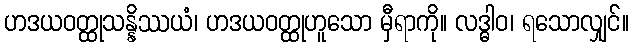
ဟဒယဝတ္ထုသန္နိဿယံ၊ ဟဒယဝတ္ထုဟူသော မှီရာကို။ လဒ္ဓါဝ၊ ရသောလျှင်။